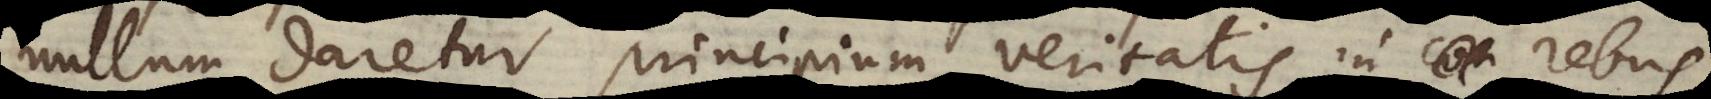
nullum daretur principium veritatis in rebus